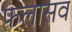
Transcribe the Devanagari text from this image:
फलासव